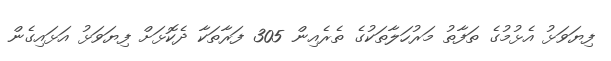
ފިޔަވަޅު އެޅުމުގެ ތަފާތު މަރުހަލާތަކުގެ ތެރެއިން 305 ފަރާތަކާ ދެކޮޅަށް ފިޔަވަޅު އަޅައިގެން